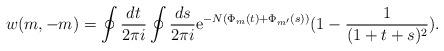
LaTeX: \begin{align*}w(m,-m )=\oint \frac{dt}{2\pi i}\oint \frac{ds}{2\pi i} {\rm e}^{-N(\Phi_{m}(t)+\Phi_{m'}(s))} (1-\frac{1}{(1+t+s)^2} ) .\end{align*}